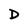
Character: D